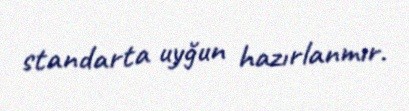
standarta uyğun hazırlanmır.